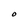
Character: O